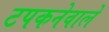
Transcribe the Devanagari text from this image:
टपकनेवाले